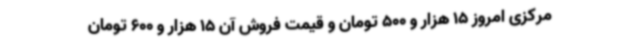
مرکزی امروز 15 هزار و 500 تومان و قیمت فروش آن 15 هزار و 600 تومان